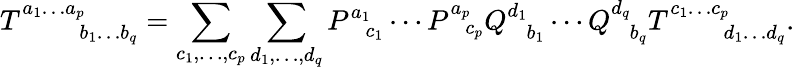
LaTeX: T_{\phantom{a_{1}\ldots a_{p}}b_{1}\ldots b_{q}}^{a_{1}\ldots a_{p}}=\sum_{c_{1},\dots,c_{p}}\sum_{d_{1},\dots,d_{q}}P_{\phantom{a_{1}}c_{1}}^{a_{1}}\cdots P_{\phantom{a_{p}}c_{p}}^{a_{p}}Q_{\phantom{d_{1}}b_{1}}^{d_{1}}\cdots Q_{\phantom{d_{q}}b_{q}}^{d_{q}}T_{\phantom{c_{1}\ldots c_{p}}d_{1}\ldots d_{q}}^{c_{1}\ldots c_{p}}.